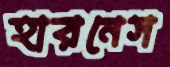
হারনেস